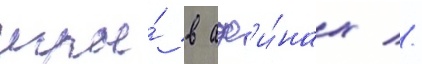
игры́ в аф'и́нах //